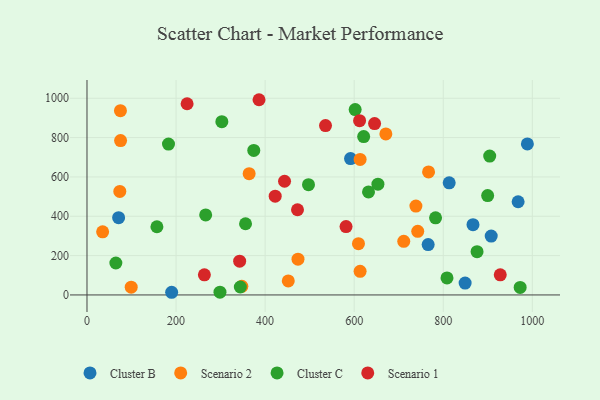
{"axis": {"x": "Speed", "y": "Demand"}, "legend": ["Cluster B", "Cluster C", "Scenario 1", "Scenario 2"], "data": [{"x": "849.1", "y": 60.6, "type": "Cluster B"}, {"x": "591.8", "y": 693.2, "type": "Cluster B"}, {"x": "907.7", "y": 299.3, "type": "Cluster B"}, {"x": "968.1", "y": 473.9, "type": "Cluster B"}, {"x": "988.9", "y": 767.6, "type": "Cluster B"}, {"x": "190.1", "y": 13.6, "type": "Cluster B"}, {"x": "866.8", "y": 357.2, "type": "Cluster B"}, {"x": "766.1", "y": 256.1, "type": "Cluster B"}, {"x": "71.0", "y": 392.9, "type": "Cluster B"}, {"x": "813.3", "y": 569.9, "type": "Cluster B"}, {"x": "347.7", "y": 43.9, "type": "Scenario 2"}, {"x": "452.0", "y": 71.3, "type": "Scenario 2"}, {"x": "75.1", "y": 936.7, "type": "Scenario 2"}, {"x": "711.3", "y": 272.4, "type": "Scenario 2"}, {"x": "35.1", "y": 320.7, "type": "Scenario 2"}, {"x": "767.0", "y": 625.3, "type": "Scenario 2"}, {"x": "99.3", "y": 39.3, "type": "Scenario 2"}, {"x": "742.7", "y": 323.4, "type": "Scenario 2"}, {"x": "75.4", "y": 785.0, "type": "Scenario 2"}, {"x": "364.1", "y": 616.5, "type": "Scenario 2"}, {"x": "738.6", "y": 452.0, "type": "Scenario 2"}, {"x": "609.6", "y": 260.5, "type": "Scenario 2"}, {"x": "473.8", "y": 181.8, "type": "Scenario 2"}, {"x": "613.3", "y": 120.3, "type": "Scenario 2"}, {"x": "613.3", "y": 689.1, "type": "Scenario 2"}, {"x": "73.7", "y": 526.4, "type": "Scenario 2"}, {"x": "671.1", "y": 818.8, "type": "Scenario 2"}, {"x": "266.5", "y": 406.7, "type": "Cluster C"}, {"x": "374.5", "y": 734.6, "type": "Cluster C"}, {"x": "904.3", "y": 706.2, "type": "Cluster C"}, {"x": "344.3", "y": 40.4, "type": "Cluster C"}, {"x": "302.8", "y": 880.8, "type": "Cluster C"}, {"x": "183.0", "y": 767.0, "type": "Cluster C"}, {"x": "497.4", "y": 560.8, "type": "Cluster C"}, {"x": "64.8", "y": 162.5, "type": "Cluster C"}, {"x": "602.2", "y": 942.4, "type": "Cluster C"}, {"x": "899.7", "y": 505.1, "type": "Cluster C"}, {"x": "356.0", "y": 362.0, "type": "Cluster C"}, {"x": "157.0", "y": 346.7, "type": "Cluster C"}, {"x": "808.4", "y": 86.5, "type": "Cluster C"}, {"x": "621.3", "y": 805.1, "type": "Cluster C"}, {"x": "875.9", "y": 220.2, "type": "Cluster C"}, {"x": "653.3", "y": 563.1, "type": "Cluster C"}, {"x": "298.6", "y": 14.2, "type": "Cluster C"}, {"x": "632.2", "y": 524.0, "type": "Cluster C"}, {"x": "972.7", "y": 38.1, "type": "Cluster C"}, {"x": "782.7", "y": 392.1, "type": "Cluster C"}, {"x": "386.3", "y": 992.5, "type": "Scenario 1"}, {"x": "928.0", "y": 102.3, "type": "Scenario 1"}, {"x": "263.6", "y": 102.4, "type": "Scenario 1"}, {"x": "612.1", "y": 885.8, "type": "Scenario 1"}, {"x": "535.6", "y": 860.9, "type": "Scenario 1"}, {"x": "443.6", "y": 578.1, "type": "Scenario 1"}, {"x": "645.8", "y": 871.4, "type": "Scenario 1"}, {"x": "342.8", "y": 171.8, "type": "Scenario 1"}, {"x": "581.7", "y": 347.4, "type": "Scenario 1"}, {"x": "422.6", "y": 502.4, "type": "Scenario 1"}, {"x": "224.8", "y": 972.1, "type": "Scenario 1"}, {"x": "472.7", "y": 433.1, "type": "Scenario 1"}]}